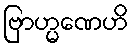
ဗြာဟ္မဏေဟိ